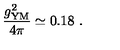
{ \frac { g _ { \mathrm { Y M } } ^ { 2 } } { 4 \pi } } \simeq 0 . 1 8 \ .